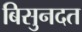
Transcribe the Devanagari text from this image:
बिसुनदत